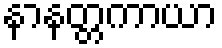
နာနတ္တကာယာ